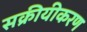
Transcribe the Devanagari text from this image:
सक्रीयीकरण